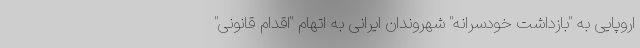
اروپایی به "بازداشت خودسرانه" شهروندان ایرانی به اتهام "اقدام قانونی"